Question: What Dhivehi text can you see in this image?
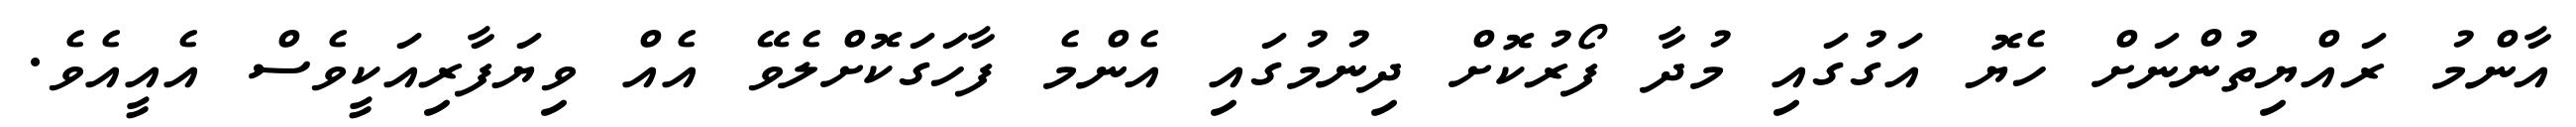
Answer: އާންމު ރައްޔިތުންނަށް ހެޔޮ އަގުގައި މުދާ ފޯރުކޮށް ދިނުމުގައި އެންމެ ފާހަގަކޮށްލެވޭ އެއް ވިޔަފާރިއަކީވެސް އެއީއެވެ.